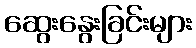
ဆွေးနွေးခြင်းများ